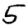
Digit: 5